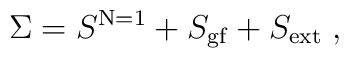
\Sigma =S^{\mathrm{N=1}}+S_{\mathrm{gf}}+S_{\mathrm{ext}}\;,